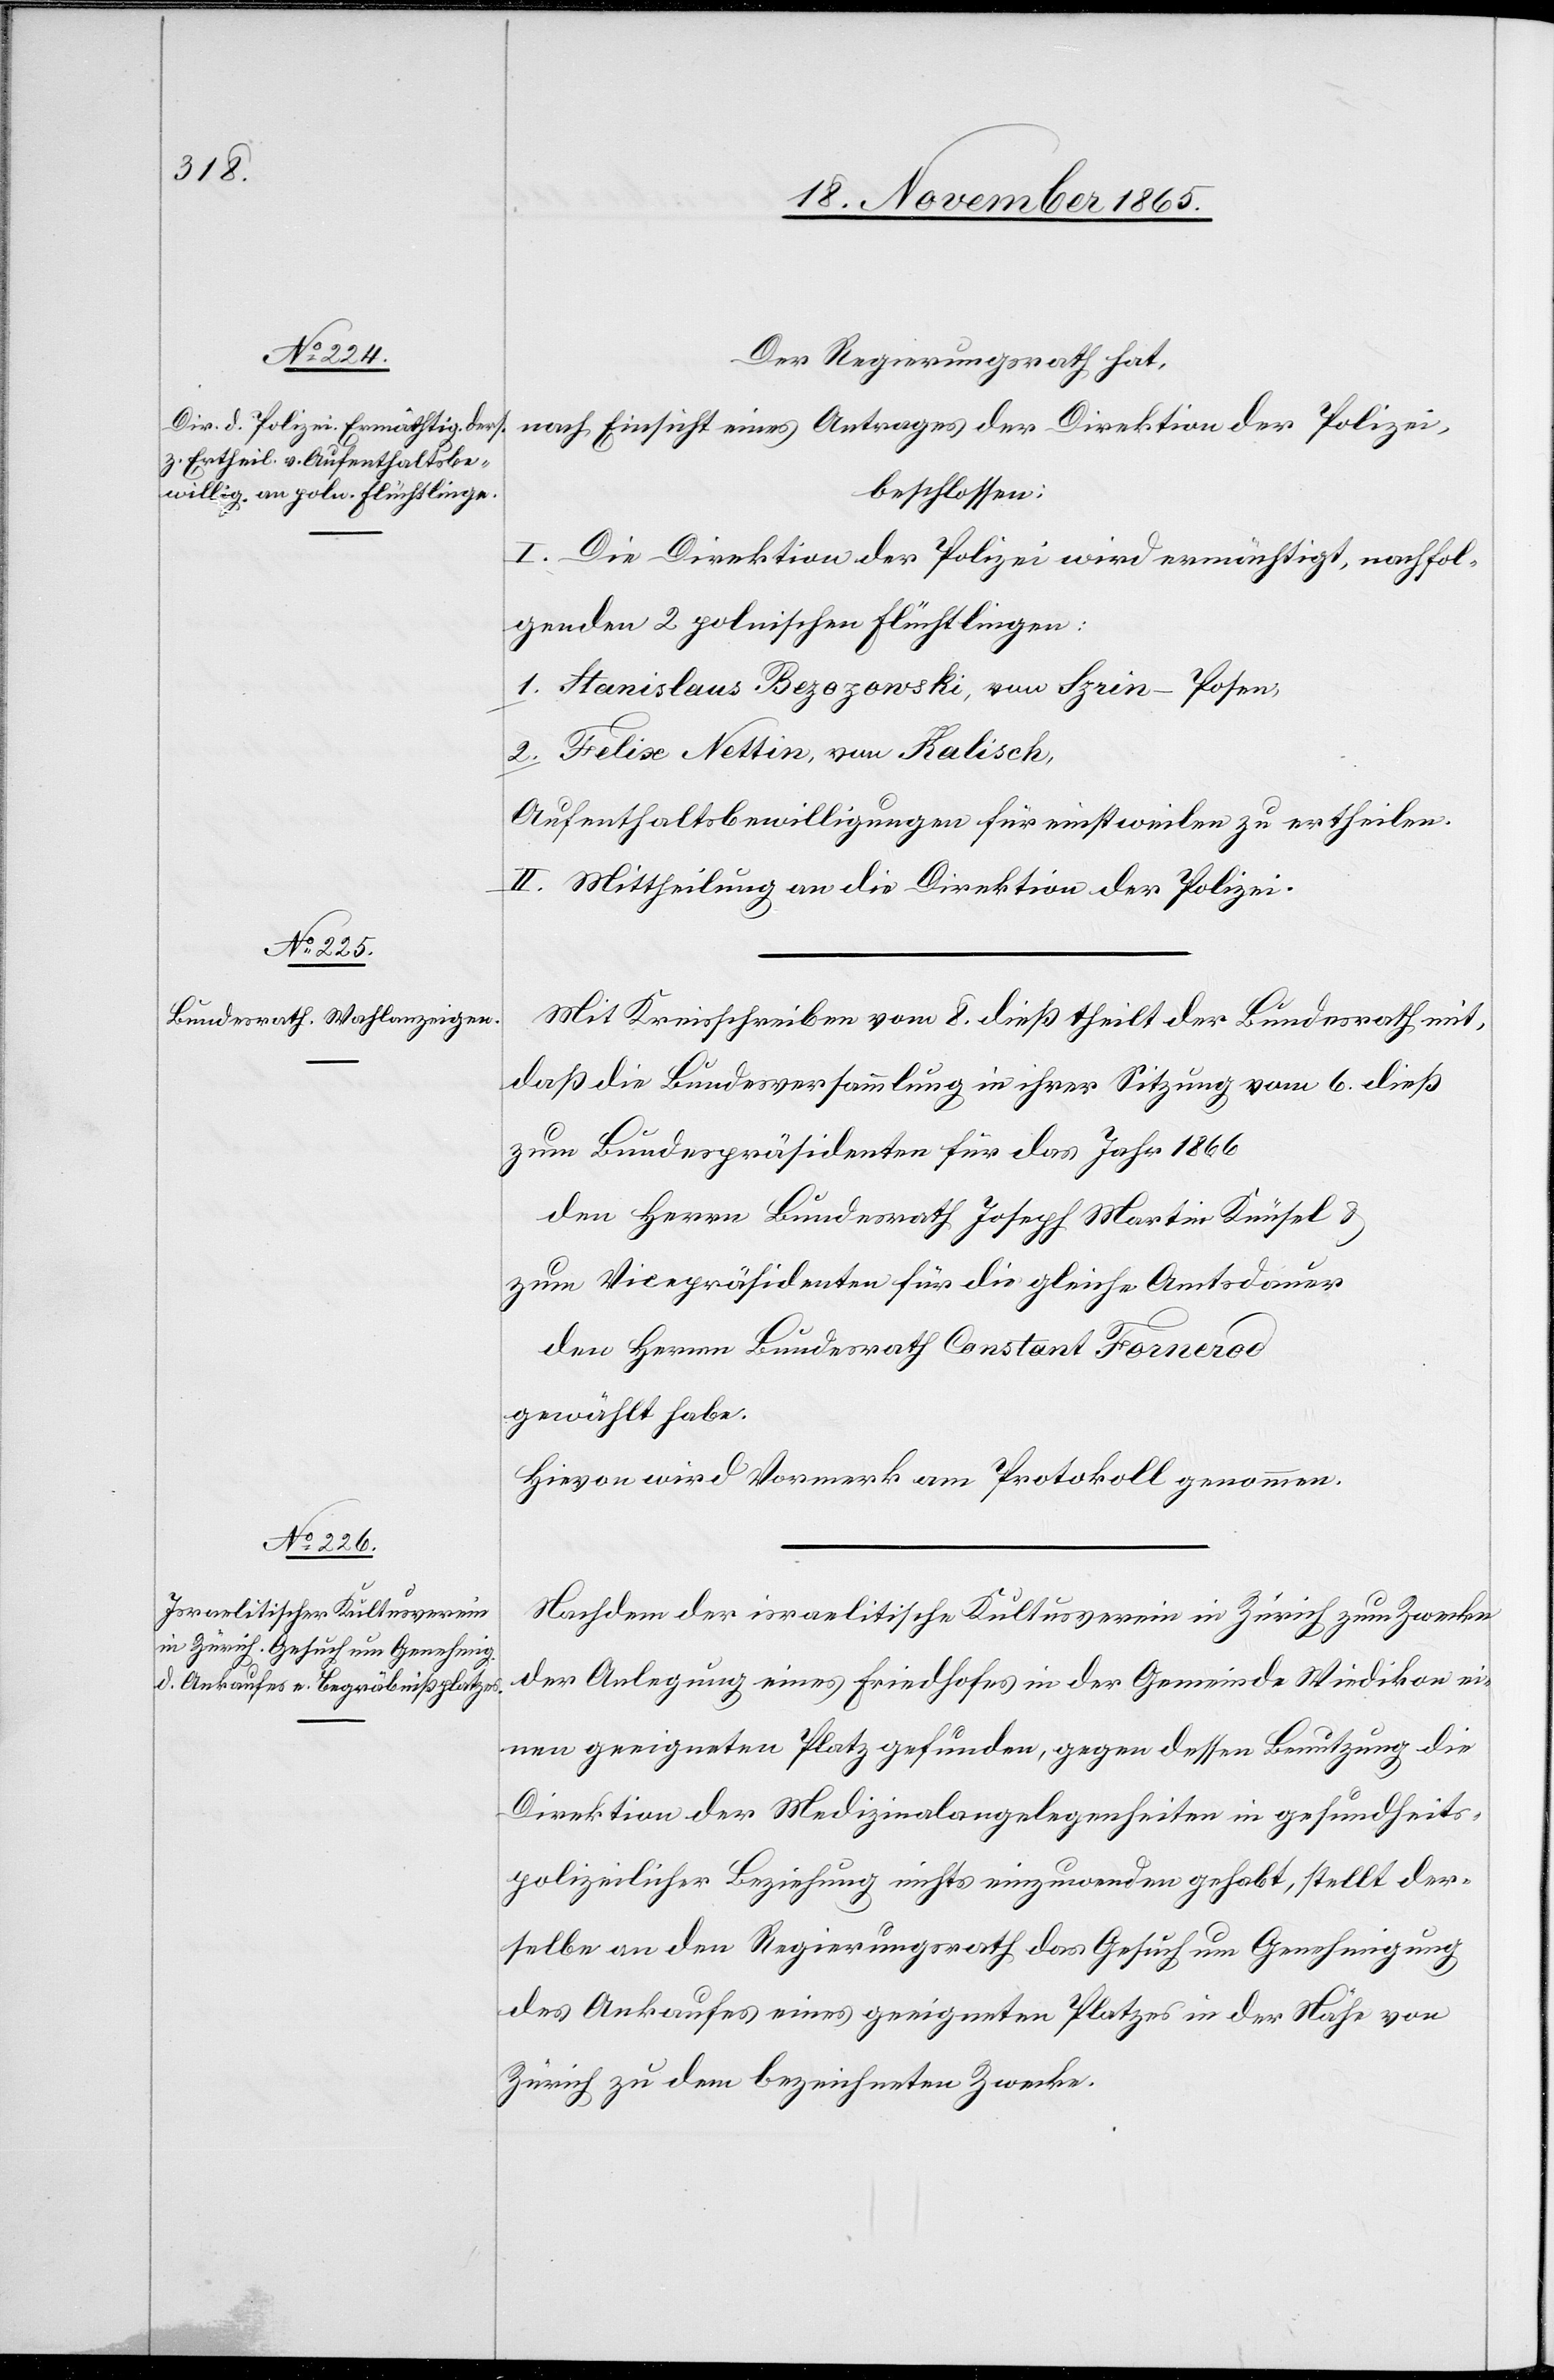
Der Regierungsrath hat,
nach Einsicht eines Antrages der Direktion der Polizei,
beschlossen:
I. Die Direktion der Polizei wird ermächtigt, nachfol¬
genden 2 polnischen Flüchtlingen:
1. Stanislaus Bezozonski, von Szrin - Posen,
2. Felix Nettin, von Kalisch,
Aufenthaltsbewilligungen für einstweilen zu ertheilen.
II. Mittheilung an die Direktion der Polizei.
Mit Kreisschreiben vom 8. dieß theilt der Bundesrath mit,
daß die Bundesversammlung in ihrer Sitzung vom 6. dieß
zum Bundespräsidenten für das Jahr 1866
den Herrn Bundesrath Joseph Martin Knüsel &
zum Vicepräsidenten für die gleiche Amtsdauer
den Herrn Bundesrath Constant Fornerod
gewählt habe.
Hievon wird Vormerk am Protokoll genommen.
Nachdem der israelitische Kultusverein in Zürich zum Zwecke
der Anlegung eines Friedhofes in der Gemeinde Wiedikon ei¬
nen geeigneten Platz gefunden, gegen dessen Benutzung die
Direktion der Medizinalangelegenheiten in gesundheits¬
polizeilicher Beziehung nichts einzuwenden gehabt, stellt der¬
selbe an den Regierungsrath das Gesuch um Genehmigung
des Ankaufes eines geeigneten Platzes in der Nähe von
Zürich zu dem bezeichneten Zwecke.